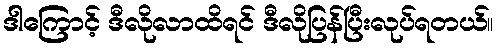
ဒါကြောင့် ဒီလိုလာထိရင် ဒီလိုပြန်ပြီးလုပ်ရတယ်။